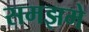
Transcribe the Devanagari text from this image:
समझमे